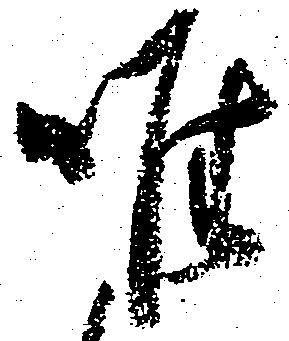
唯